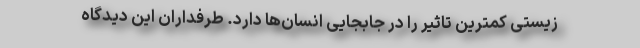
زیستی کمترین تاثیر را در جابجایی انسان‌ها دارد. طرفداران این دیدگاه